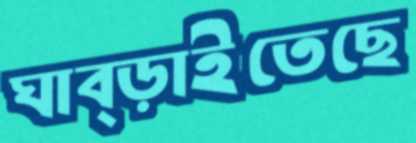
ঘাব্‌ড়াইতেছে